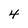
Character: 4